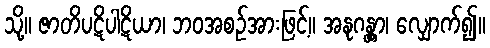
သို့။ ဇာတိပဋိပါဋိယာ၊ ဘဝအစဉ်အားဖြင့်။ အနုဂန္တွာ၊ လျှောက်၍။